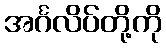
အင်္ဂလိပ်တို့ကို